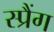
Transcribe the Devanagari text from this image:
स्प्रैंग